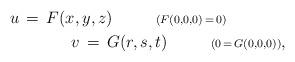
LaTeX: \begin{align*}u\,=\,F(x,y,z)\ \ \ \ \ \ \ \ {\scriptstyle{(F(0,0,0)\,=\,0)}}\ \ \ \ \ \ \ \ \ \ \ \\ \ \ \ \ \ \ \ \ \ \ \ v\,=\,G(r,s,t)\ \ \ \ \ \ \ \ {\scriptstyle{(0\,=\,G(0,0,0))}},\end{align*}